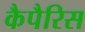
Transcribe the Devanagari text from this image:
कैपैरिस